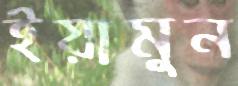
ইয়ামুন